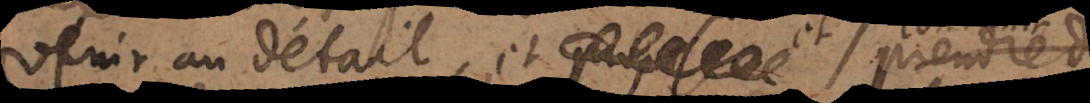
venir au détail, et proposer